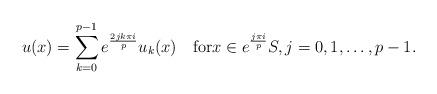
LaTeX: \begin{align*}u(x)=\sum_{k=0}^{p-1}e^{\frac{2jk\pi i}{p}}u_k(x)\quad\textrm{for}x\in e^{\frac{j\pi i}{p}}S,j=0,1,\dots,p-1.\end{align*}